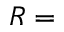
R =